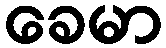
ခေမာ